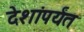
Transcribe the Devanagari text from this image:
देशांपर्यंत